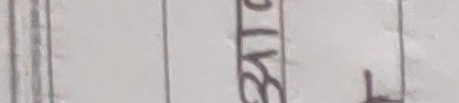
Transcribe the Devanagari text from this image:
बाट